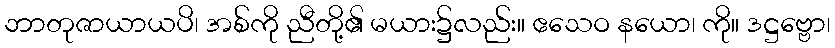
ဘာတုဇာယာယပိ၊ အစ်ကို ညီတို့၏ မယား၌လည်း။ ဧသေဝ နယော၊ ကို။ ဒဋ္ဌဗ္ဗော၊